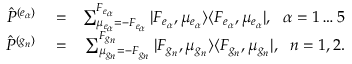
\begin{array} { r l r } { { \hat { P } } ^ { ( e _ { \alpha } ) } } & { { } = } & { \sum _ { \mu _ { e _ { \alpha } } = - F _ { e _ { \alpha } } } ^ { F _ { e _ { \alpha } } } | F _ { e _ { \alpha } } , \mu _ { e _ { \alpha } } \rangle \langle F _ { e _ { \alpha } } , \mu _ { e _ { \alpha } } | , \, \, \; \alpha = 1 \dots 5 } \\ { { \hat { P } } ^ { ( g _ { n } ) } } & { { } = } & { \sum _ { \mu _ { g _ { n } } = - F _ { g _ { n } } } ^ { F _ { g _ { n } } } | F _ { g _ { n } } , \mu _ { g _ { n } } \rangle \langle F _ { g _ { n } } , \mu _ { g _ { n } } | , \, \, \; n = 1 , 2 . } \end{array}